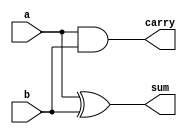
`timescale 1ns / 1ps
//////////////////////////////////////////////////////////////////////////////////
// Company: 
// Engineer: 
// 
// Design Name: 
// Module Name: half_adder
// Project Name: 
// Target Devices: 
// Tool Versions: 
// Description: 
// 
// Dependencies: 
// 
// Revision:
// Revision 0.01 - File Created
// Additional Comments:
// 
//////////////////////////////////////////////////////////////////////////////////


module half_adder(carry,sum,a,b);
input a,b;
output carry,sum;
xor(sum,a,b);
and(carry,a,b);
endmodule